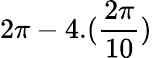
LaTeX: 2\pi-4.(\frac{2\pi}{10})